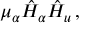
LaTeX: \mu _ { \alpha } \hat { H } _ { \alpha } \hat { H } _ { u } \, ,